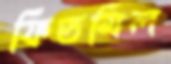
ফিডমিল